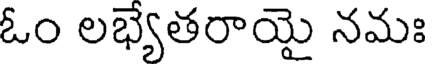
ఓం లభ్యేతరాయై నమః